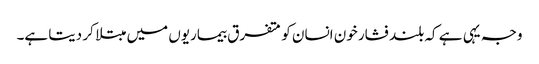
وجہ یہی ہے کہ بلند فشار خون انسان کو متفرق بیماریوں میں مبتلا کر دیتا ہے۔